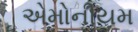
એમોનીયમ